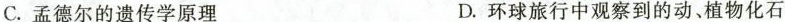
C.孟德尔的遗传学原理 D.环球旅行中观察到的动、植物化石